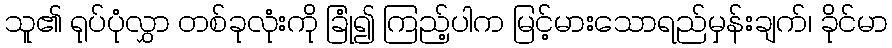
သူ၏ ရုပ်ပုံလွှာ တစ်ခုလုံးကို ခြုံ၍ ကြည့်ပါက မြင့်မားသောရည်မှန်းချက်၊ ခိုင်မာ